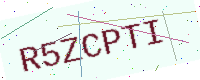
Text: R5ZCPTI